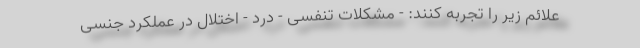
علائم زیر را تجربه کنند: - مشکلات تنفسی - درد - اختلال در عملکرد جنسی